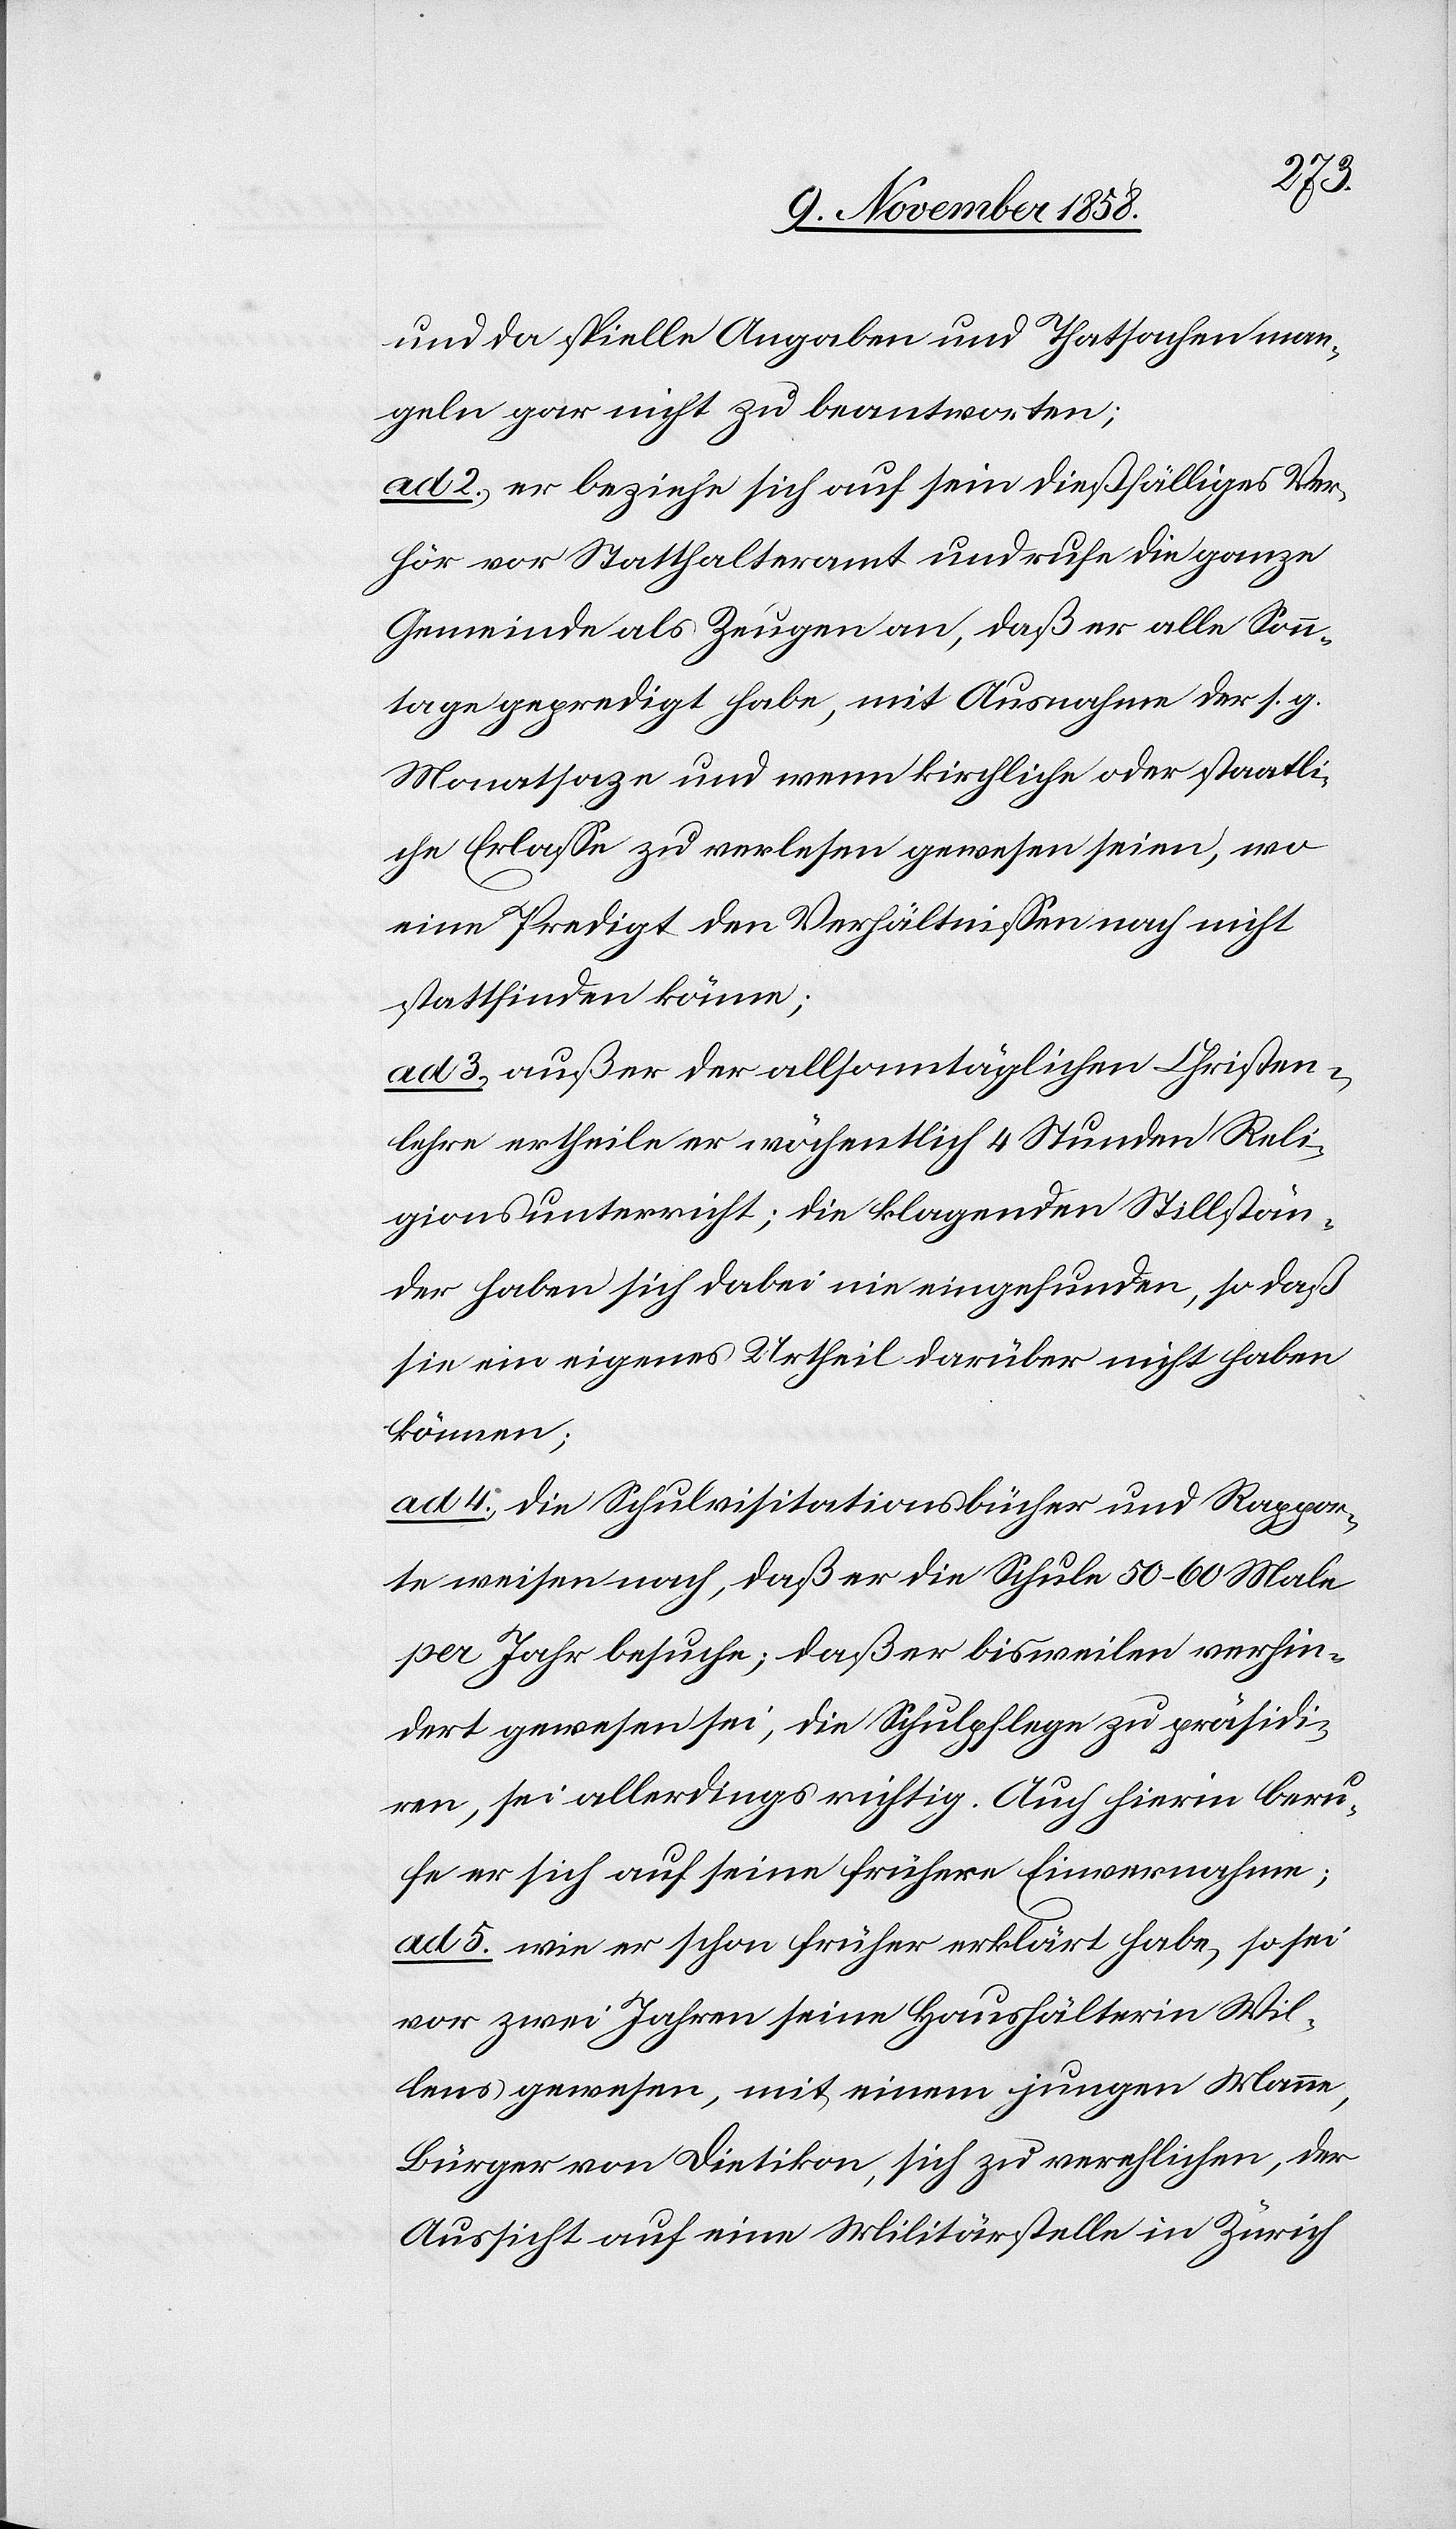
und da sp[ez]ielle Angaben und Thatsachen man¬
geln gar nicht zu beantworten;
ad 2.) er beziehe sich auf sein dießfälliges Ver¬
hör vor Statthalteramt und rufe die ganze
Gemeinde als Zeugen an, daß er alle Sonn¬
tage gepredigt habe, mit Ausnahme der s. g.
Monatsaze [sic!] und wenn kirchliche oder staatli¬
che Erlasse zu verlesen gewesen seien, wo
eine Predigt den Verhältnissen nach nicht
stattfinden könne;
ad 3.) außer der allsonntäglichen Christen¬
lehre ertheile er wöchentlich 4 Stunden Reli¬
gionsunterricht; die klagenden Stillstän¬
der haben sich dabei nie eingefunden, so daß
sie ein eigenes Urtheil darüber nicht haben
können;
ad 4.) die Schulvisitationsbücher und Rappor¬
te weisen nach, daß er die Schule 50–60 Male
per Jahr besuche; daß er bisweilen verhin¬
dert gewesen sei, die Schulpflege zu präsidi¬
ren, sei allerdings richtig. Auch hierin beru¬
fe er sich auf seine frühere Einvernahme;
ad 5. wie er schon früher erklärt habe, so sei
vor zwei Jahren seine Haushälterin Wil¬
lens gewesen, mit einem jungen Manne,
Bürger von Dietikon, sich zu verehlichen, der
Aussicht auf eine Militärstelle in Zürich